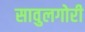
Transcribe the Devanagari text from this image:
सावुलगोरी